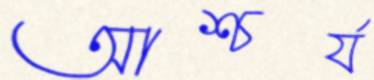
আশ্চর্য